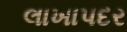
લાખાપદર